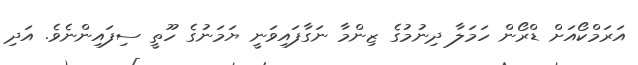
އަރަމްކޯއަށް ޑްރޯން ހަމަލާ ދިނުމުގެ ޒިންމާ ނަގާފައިވަނީ ޔަމަނުގެ ހޫތީ ސިފައިންނެވެ. އަދި